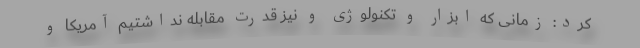
کرد: زمانی که ابزار و تکنولوژی و نیز قدرت مقابله نداشتیم آمریکا و